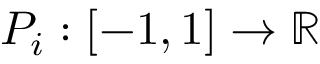
P _ { i } : [ - 1 , 1 ] \to \mathbb { R }